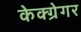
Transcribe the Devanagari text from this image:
केक्ग्रेगर